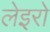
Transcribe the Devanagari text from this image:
लेइरो